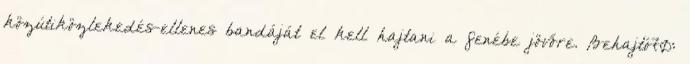
közútiközlekedés-ellenes bandáját el kell hajtani a fenébe jövőre. Behajtó70: